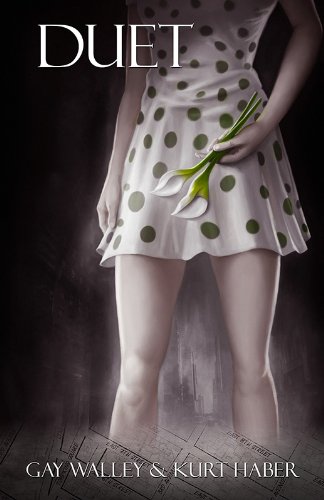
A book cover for Duet; Gay Walley; Romance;